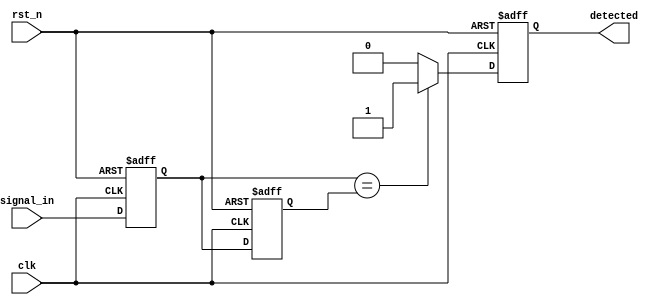
module dual_ff_detector (
    input wire clk,               // Clock signal
    input wire rst_n,             // Active low reset
    input wire signal_in,         // Input signal to be monitored
    output reg detected           // Output signal indicating detection
);

    // Internal signals for flip-flop outputs
    reg ff1_out, ff2_out;

    // Dual Flip-Flops for synchronization
    always @(posedge clk or negedge rst_n) begin
        if (!rst_n) begin
            ff1_out <= 1'b0; // Reset FF1
        end else begin
            ff1_out <= signal_in; // Capture input signal
        end
    end

    always @(posedge clk or negedge rst_n) begin
        if (!rst_n) begin
            ff2_out <= 1'b0; // Reset FF2
        end else begin
            ff2_out <= ff1_out; // Capture output of FF1
        end
    end

    // Control Logic for Pattern Detection
    always @(posedge clk or negedge rst_n) begin
        if (!rst_n) begin
            detected <= 1'b0; // Reset detected signal
        end else begin
            // Example pattern detection logic
            // Here we check if both flip-flops have the same value
            if (ff1_out == ff2_out) begin
                detected <= 1'b1; // Condition met
            end else begin
                detected <= 1'b0; // Condition not met
            end
        end
    end

endmodule